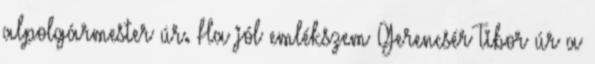
alpolgármester úr. Ha jól emlékszem Gerencsér Tibor úr a